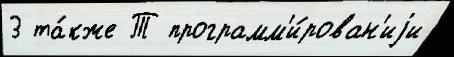
3 та́кже Т программ'и́рован'иjи